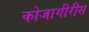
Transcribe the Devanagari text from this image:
कोजागीरीस